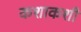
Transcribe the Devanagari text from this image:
कशाकशी